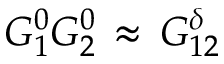
G _ { 1 } ^ { 0 } G _ { 2 } ^ { 0 } \, \approx \, G _ { 1 2 } ^ { \delta }